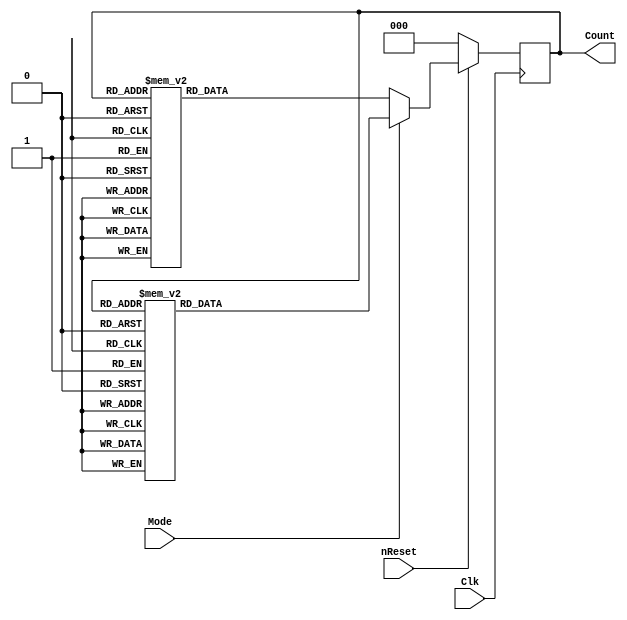

//Complex Counter FSM using Partitioning Scheme #1
//Made by: Jhury Kevin Lastre

module ComplexCounter
(
	input wire 			Clk, nReset, Mode,
	output reg [2:0]	Count
	
);
	//3-bit state registers
	reg [2:0]	pState, nState;
	
	//STATE TRANSITIONS
	always @(negedge Clk) 
		begin

			if(!nReset) 
				pState <= 3'b000;
				
			else 
				pState <= nState;
				
		end
	
	//NEXT STATE ASSIGNMENT
	always @(*) 
		begin
			if(!Mode) 
				begin
					case(pState)
						3'b000	:		nState = 3'b001;
						3'b001	:		nState = 3'b010;
						3'b010	:		nState = 3'b011;
						3'b011	:		nState = 3'b100;
						3'b100	:		nState = 3'b101;
						3'b101	:		nState = 3'b110;
						3'b110	:		nState = 3'b111;
						3'b111	:		nState = 3'b000;
						default  :		nState = pState;
					endcase
				end
			
			else 
				begin
					case(pState)
						3'b000	:		nState = 3'b001;
						3'b001	:		nState = 3'b011;
						3'b011	:		nState = 3'b010;
						3'b010	:		nState = 3'b110;
						3'b110	:		nState = 3'b111;
						3'b111	:		nState = 3'b101;
						3'b101	:		nState = 3'b100;
						3'b100	:		nState = 3'b000;
						default  :		nState = pState;
					endcase
				end
		end
	//OUTPUT ASSIGNMENT
	always @(*) 
	begin
		Count = pState;
	end
	
	
endmodule